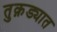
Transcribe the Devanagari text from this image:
तुक़ड्यात